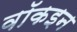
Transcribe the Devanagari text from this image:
वॉकइन